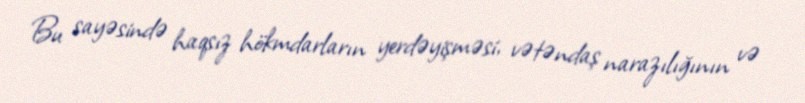
Bu sayəsində haqsız hökmdarların yerdəyişməsi, vətəndaş narazılığının və